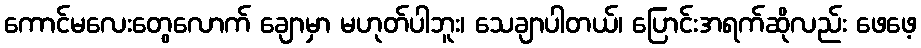
ကောင်မလေးတွေလောက် ချောမှာ မဟုတ်ပါဘူး၊ သေချာပါတယ်၊ ပြောင်းအရက်ဆိုလည်း ဖေဖေ့